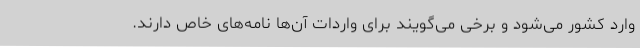
وارد کشور می‌شود و برخی می‌گویند برای واردات آن‌ها نامه‌های خاص دارند.